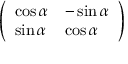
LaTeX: \left( \begin{array} { l l } { \cos \alpha } & { - \sin \alpha } \\ { \sin \alpha } & { \cos \alpha } \end{array} \right)